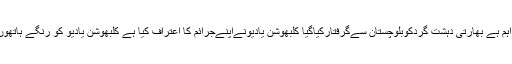
ترجمان دفترخارجہ نے مزید کہا کہ ہمارے لیے آج کا دن بہت اہم ہے بھارتی دہشت گردکوبلوچستان سےگرفتارکیاگیا کلبھوشن یادیونےاپنےجرائم کا اعتراف کیا ہے کلبھوشن یادیو کو رنگے ہاتھوں گرفتار کیا گیا بھارت کا دہشت گرد چہرہ بے نقاب ہوگیا ہے ۔